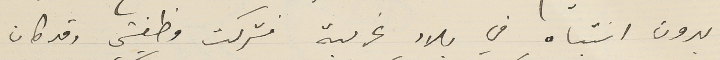
بدون انتباه في بلاد غريبة فتركت وظيفتي وقد كان